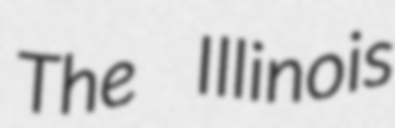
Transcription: The Illinois